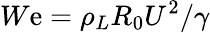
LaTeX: W\mathrm{e}={\rho_{L}}{R_{0}}{U^{2}}/\gamma